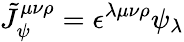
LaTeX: \tilde{J}_{\psi}^{\mu\nu\rho}=\epsilon^{\lambda\mu\nu\rho}\psi_{\lambda}